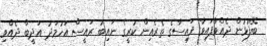
ބޭފުޅުން ދެއްވާފައިވާ ފައިސާގެ ތެރެއިން ކުރީގެ ނައިބު ރައީސް އަހުމަދު އަދީބް ދެއްވި